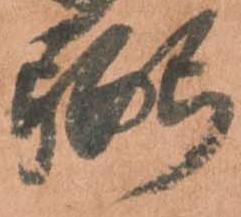
弼